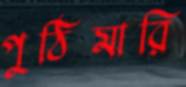
পুঠিমারি